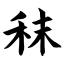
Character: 秣